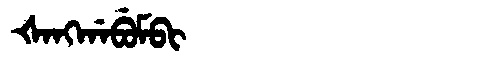
Manchu: ᡧᠠᠩᡤᠠᠪᡠᠮᠪᡳ
Romanization: ŠANGGABUMBI